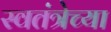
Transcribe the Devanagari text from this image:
स्वतंत्रेच्या